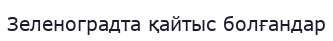
Зеленоградта қайтыс болғандар